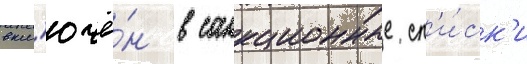
вкл'ючё́н в санкционные сп'и́ск'и